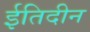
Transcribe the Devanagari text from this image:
ईतिदीन